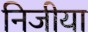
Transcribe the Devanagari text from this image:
निजीया